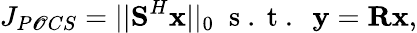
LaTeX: J_{P\mathscr{O}CS}=||\textbf{{S}}^{H}\textbf{{x}}||_{0}\; \mathrm{{~s~.~t~.~}}\; \textbf{{y}}=\textbf{{R}}\textbf{{x}},